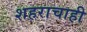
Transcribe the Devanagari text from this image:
शहराचाही